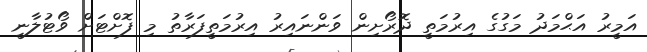
އަމީރު އަޙްމަދު މަގުގެ އިރުމަތީ ދޮރޯށިން ވަންނައިރު އިރުމަތީފަރާތު މި ފޮށްޓަށް ވޯޓުލާނީ